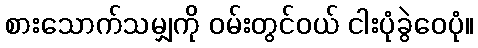
စားသောက်သမျှကို ဝမ်းတွင်ဝယ် ငါးပုံခွဲဝေပုံ။